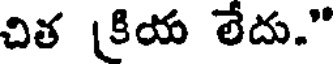
చిత [కియ లేదు."